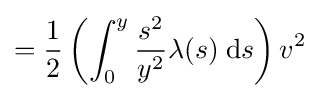
={\frac {1}{2}}\left(\int _{0}^{y}{\frac {s^{2}}{y^{2}}}\lambda (s)\;\mathrm {d} s\right)v^{2}